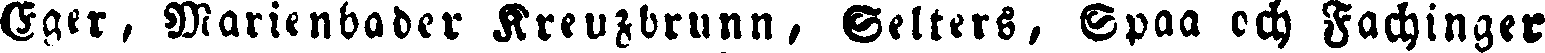
Egerm Marienbader Kreuzbrunn, Selters, Spaa och Fachinger